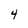
Character: 4